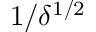
1 / \delta ^ { 1 / 2 }